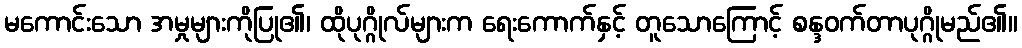
မကောင်းသော အမှုများကိုပြု၏၊ ထိုပုဂ္ဂိုလ်များက ရေးကောက်နှင့် တူသောကြောင့် စန္ဒဝက်တာပုဂ္ဂိုမည်၏။